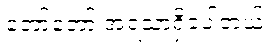
တော်တော် အရသာရှိခဲ့ပါတယ်။